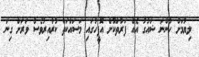
ލިޔުމަށް ހުންނަ ޝައުގު އެއް ފަރާތްކޮށް އޮފީހުގައި މަސައްކަތް ކުރާއިރުވެސް ވަރަށް ގިނަ